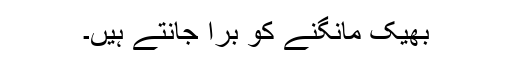
بھیک مانگنے کو برا جانتے ہیں۔